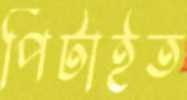
পিটাইত